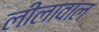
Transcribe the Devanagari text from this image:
लीलावाल